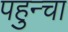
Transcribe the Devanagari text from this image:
पहुन्चा